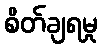
စိတ်ချရမှု